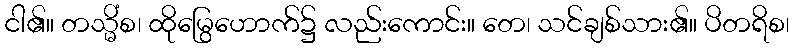
ငါ၏။ တသ္မိံစ၊ ထိုမြွေဟောက်၌ လည်းကောင်း။ တေ၊ သင်ချစ်သား၏။ ပိတရိစ၊